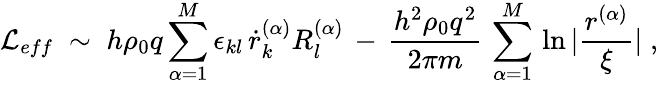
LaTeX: {\mathcal L}_{eff}\; \sim\; h\rho_{0}q\sum_{\alpha=1}^{M}\epsilon_{kl}\, \dot{r}_{k}^{(\alpha)}R_{l}^{(\alpha)}\, -\, \frac{h^{2}\rho_{0}q^{2}}{2\pi m}\, \sum_{\alpha=1}^{M}\, \ln|\frac{r^{(\alpha)}}{\xi}|\; ,